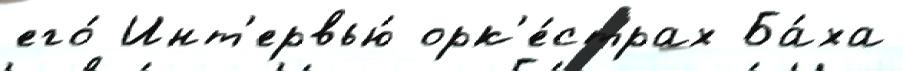
его́ Инт'ервью́ орк'е́страх Ба́ха